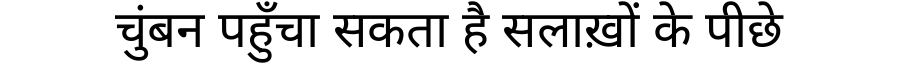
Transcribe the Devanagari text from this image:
चुंबन पहुँचा सकता है सलाख़ों के पीछे